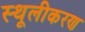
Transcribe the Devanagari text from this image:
स्थूलीकरण